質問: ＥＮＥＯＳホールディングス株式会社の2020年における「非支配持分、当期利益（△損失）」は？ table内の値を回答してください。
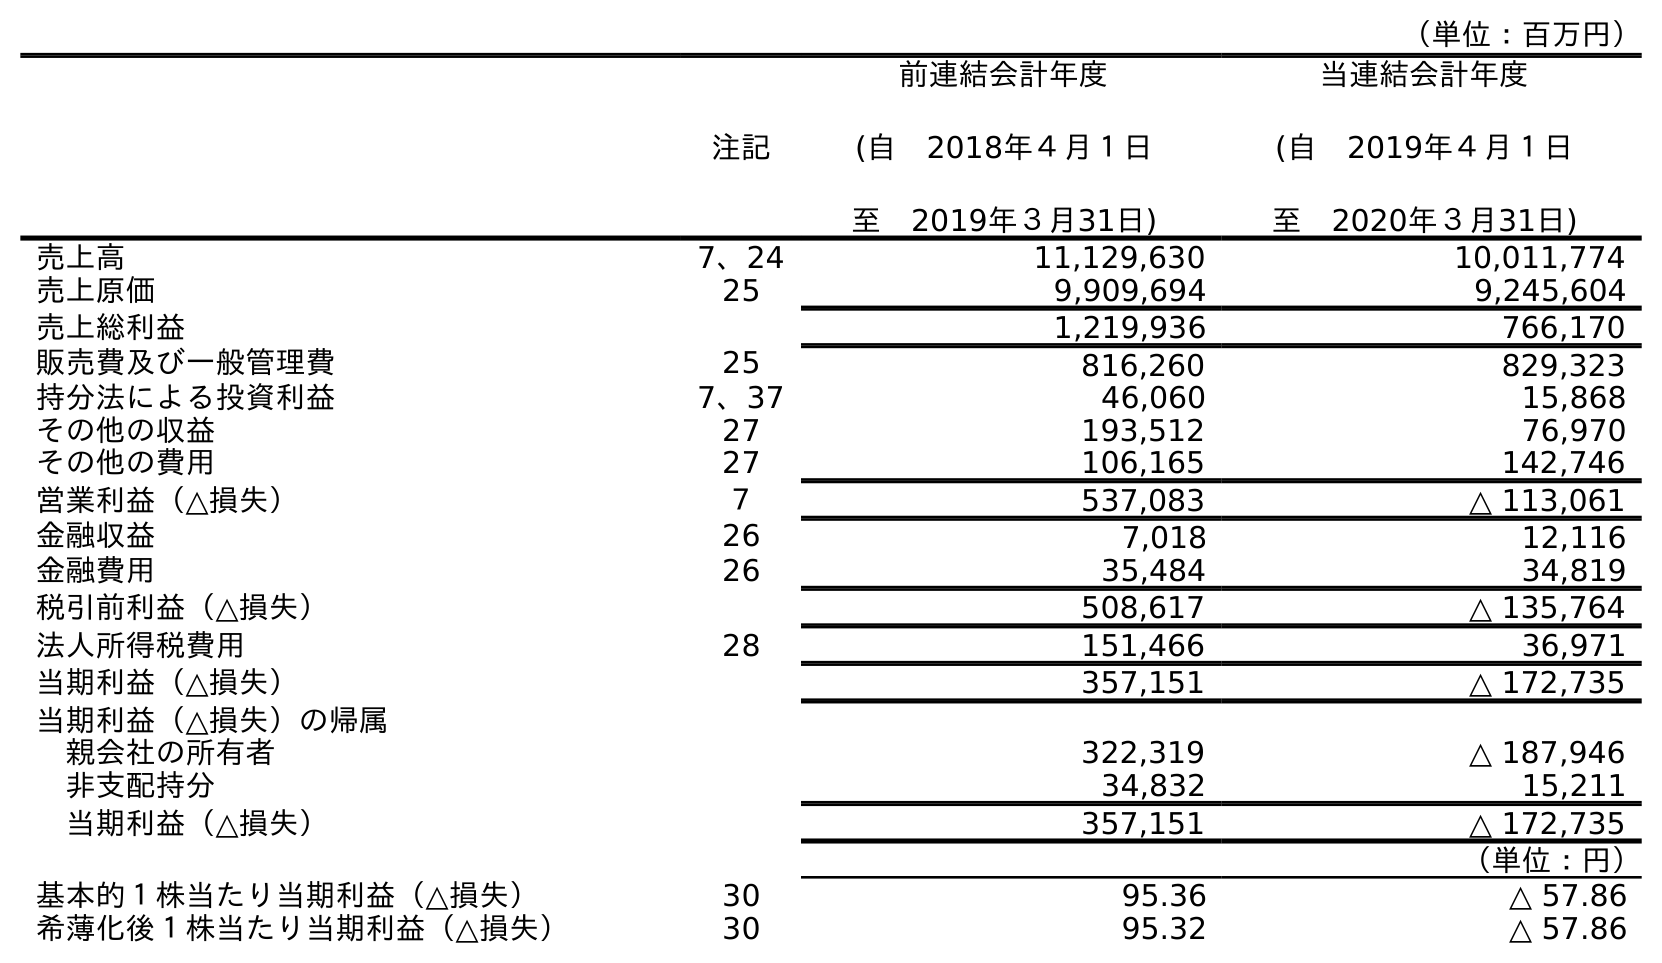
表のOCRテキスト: （単位：百万円） 注記 前連結会計年度 (自 2018年４月１日 至 2019年３月31日) 当連結会計年度 (自 2019年４月１日 至 2020年３月31日) 売上高 7、24 11,129,630 10,011,774 売上原価 25 9,909,694 9,245,604 売上総利益 1,219,936 766,170 販売費及び一般管理費 25 816,260 829,323 持分法による投資利益 7、37 46,060 15,868 その他の収益 27 193,512 76,970 その他の費用 27 106,165 142,746 営業利益（△損失） ７ 537,083 △ 113,061 金融収益 26 7,018 12,116 金融費用 26 35,484 34,819 税引前利益（△損失） 508,617 △ 135,764 法人所得税費用 28 151,466 36,971 当期利益（△損失） 357,151 △ 172,735 当期利益（△損失）の帰属 親会社の所有者 322,319 △ 187,946 非支配持分 34,832 15,211 当期利益（△損失） 357,151 △ 172,735 （単位：円） 基本的１株当たり当期利益（△損失） 30 95.36 △ 57.86 希薄化後１株当たり当期利益（△損失） 30 95.32 △ 57.86
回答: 15,211